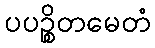
ပပဉ္စိတမေတံ